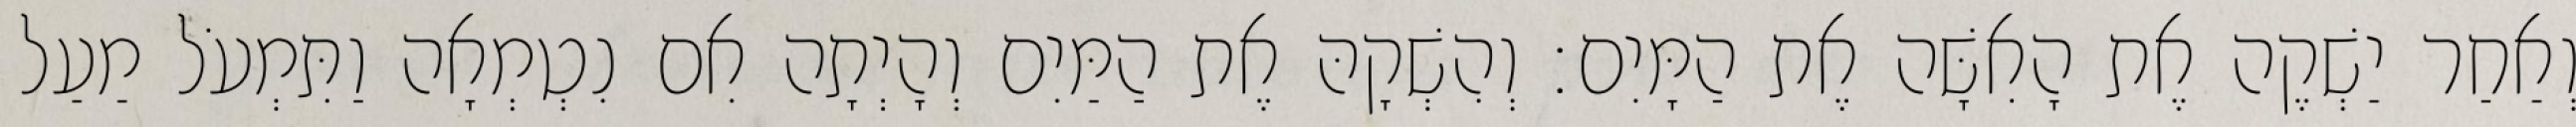
וְאַחַר יַשְׁקֶה אֶת הָאִשָּׁה אֶת הַמָּיִם׃ וְהִשְׁקָהּ אֶת הַמַּיִם וְהָיְתָה אִם נִטְמְאָה וַתִּמְעֹל מַעַל